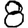
Digit: 8